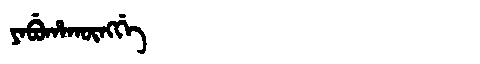
Manchu: ᠶᠠᠪᡠᡥᠠᡴᡡᠩᡤᡝ
Romanization: YABUHAKŪNGGE